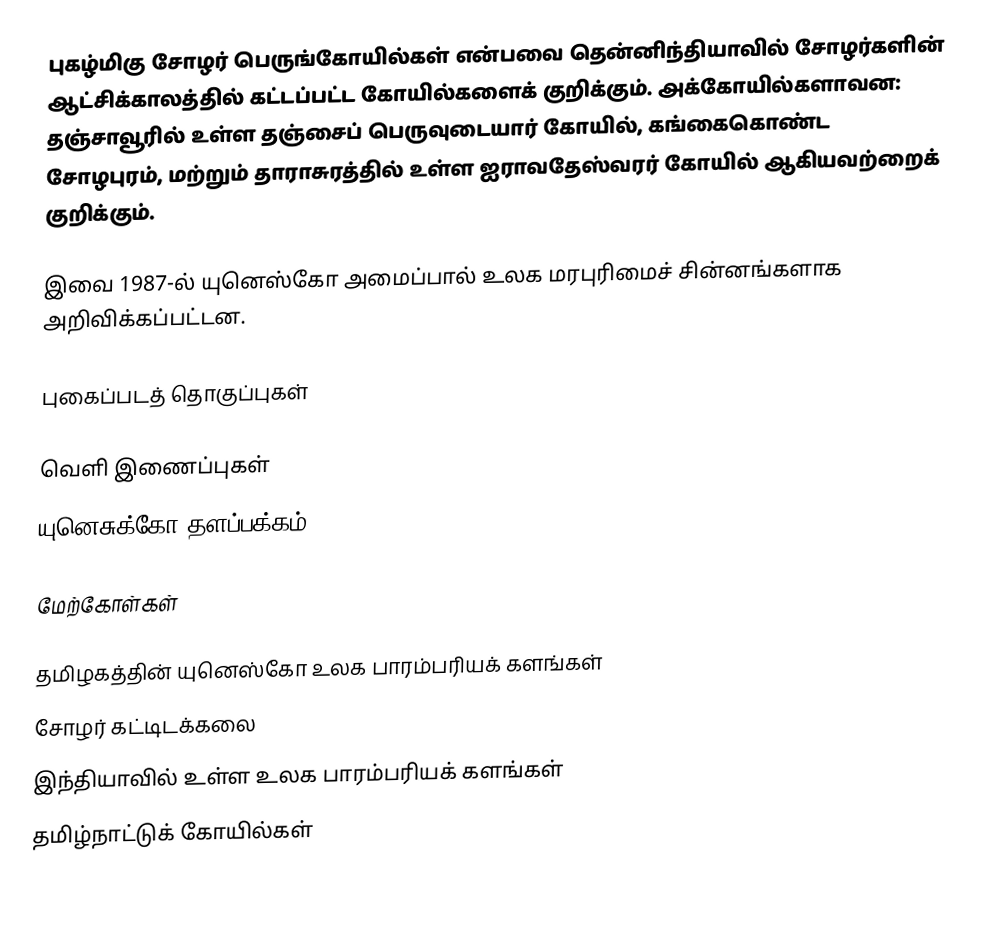
புகழ்மிகு சோழர் பெருங்கோயில்கள் என்பவை தென்னிந்தியாவில் சோழர்களின் ஆட்சிக்காலத்தில் கட்டப்பட்ட கோயில்களைக் குறிக்கும். அக்கோயில்களாவன: தஞ்சாவூரில் உள்ள தஞ்சைப் பெருவுடையார் கோயில், கங்கைகொண்ட சோழபுரம், மற்றும் தாராசுரத்தில் உள்ள ஐராவதேஸ்வரர் கோயில் ஆகியவற்றைக் குறிக்கும்.

இவை 1987-ல் யுனெஸ்கோ அமைப்பால் உலக மரபுரிமைச் சின்னங்களாக அறிவிக்கப்பட்டன.

புகைப்படத் தொகுப்புகள்

வெளி இணைப்புகள்
 யுனெசுக்கோ தளப்பக்கம்

மேற்கோள்கள்

தமிழகத்தின் யுனெஸ்கோ உலக பாரம்பரியக் களங்கள்
சோழர் கட்டிடக்கலை
இந்தியாவில் உள்ள உலக பாரம்பரியக் களங்கள்
தமிழ்நாட்டுக் கோயில்கள்